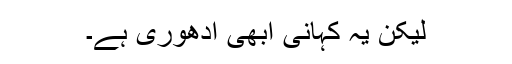
لیکن یہ کہانی ابھی ادھوری ہے۔